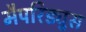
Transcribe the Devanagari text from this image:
मैपरिड्युस